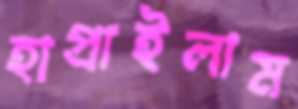
হাপ্‌রাইলাম